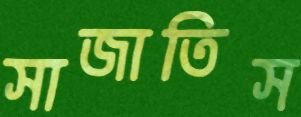
সাজাতিস